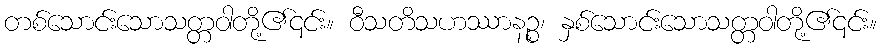
တစ်သောင်းသောသတ္တဝါတို့၏၎င်း။ ဝီသတိသဟဿာနဉ္စ၊ နှစ်သောင်းသောသတ္တဝါတို့၏၎င်း။